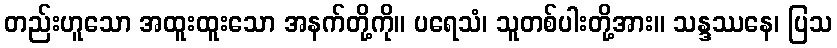
တည်းဟူသော အထူးထူးသော အနက်တို့ကို။ ပရေသံ၊ သူတစ်ပါးတို့အား။ သန္ဒဿနေ၊ ပြသ